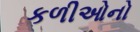
કળીઓનો